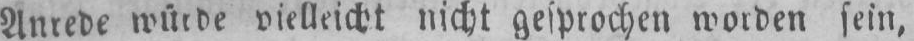
vielleicht nicht gesprochen worden sein,